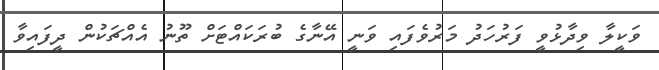
ވަކީލާ ވިދާޅުވީ ފަރުހަދު މަރުވެފައި ވަނީ އޭނާގެ ބުރަކައްޓަށް ތޫނު އެއްޗަކުން ދީފައިވާ